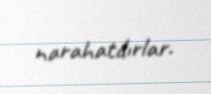
narahatdırlar.